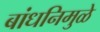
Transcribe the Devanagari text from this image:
बांधनिमुळे